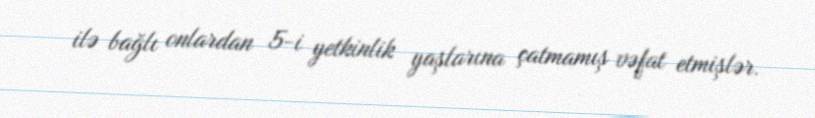
ilə bağlı onlardan 5-i yetkinlik yaşlarına çatmamış vəfat etmişlər.